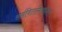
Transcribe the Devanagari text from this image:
सर्वविटामिनहीनता